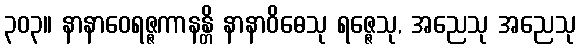
၃၀၃။ နာနာဝေရဇ္ဇကာနန္တိ နာနာဝိဓေသု ရဇ္ဇေသု, အညေသု အညေသု